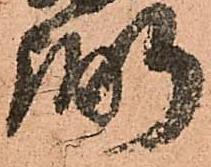
弼